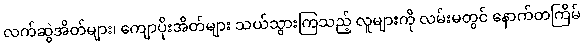
လက်ဆွဲအိတ်များ၊ ကျောပိုးအိတ်များ သယ်သွားကြသည့် လူများကို လမ်းမတွင် နောက်တကြိမ်